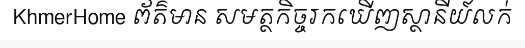
KhmerHome ព័ត៌មាន សមត្ថកិច្ចរកឃើញស្ថានីយ៍លក់